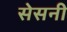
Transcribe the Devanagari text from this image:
सेसनी